Madras plague regulations in force outside the Presidency town - Volume 3
Disease focus: Plague
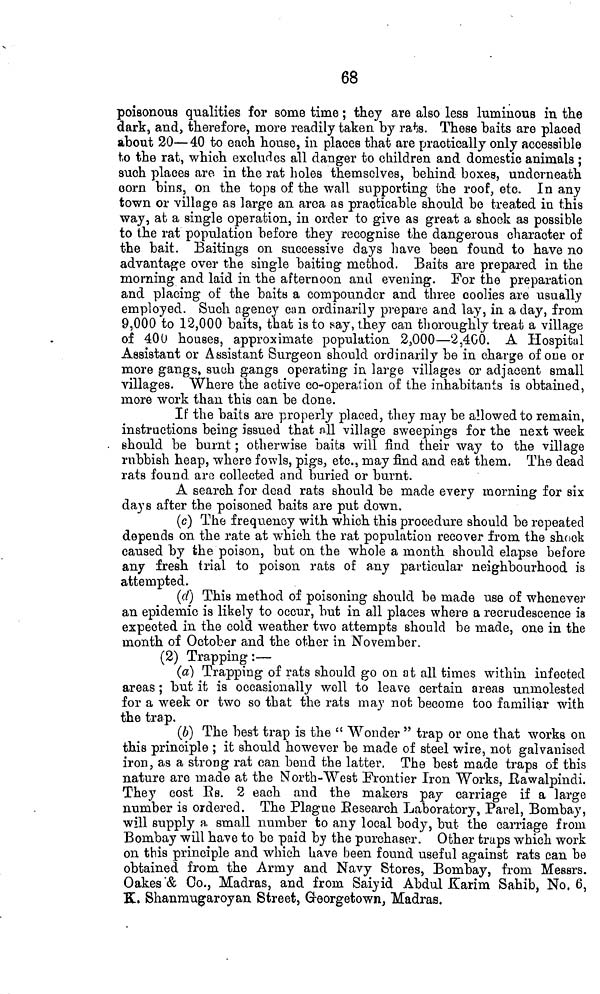
68
poisonous qualities for some time ; they are also less luminous in the
dark, and, therefore, more readily taken by rats. These baits are placed
about 20— 40 to each house, in places that are practically only accessible
to the rat, which excludes all danger to children and domestic animals ;
such places are in the rat holes themselves, behind boxes, underneath
oorn bins, on the tops of the wall supporting the roof, etc. In any
town or village as large an area as practicable should be treated in this
way, at a single operation, in order to give as great a shock as possible
to the rat population before they recognise the dangerous character of
the bait. Baitings on successive days have been found to have no
advantage over the single baiting method. Baits are prepared in the
morning and laid in the afternoon and evening. For the preparation
and placing of the baits a compounder and three coolies are usually
employed. Such agency can ordinarily prepare and lay, in a day, from
9,000 to 12,000 baits, that is to say, they can thoroughly treat a village
of 400 houses, approximate population 2,000—2,400. A Hospital
Assistant or Assistant Surgeon should ordinarily be in charge of one or
more gangs, such gangs operating in large villages or adjacent small
villages. Where the active co-operation of the inhabitants is obtained,
more work than this can be done.
If the baits are properly placed, they may be allowed to remain,
instructions being issued that all village sweepings for the next week
. should be burnt ; otherwise baits will find their way to the village
rubbish heap, where fowls, pigs, etc., may find and eat them. The dead
rats found are collected and buried or burnt.
A search for dead rats should be made every morning for six
days after the poisoned baits are put down.
(c) The frequency with which this procedure should be repeated
depends on the rate at which the rat population recover from the shock
caused by the poison, but on the whole a month should elapse before
any fresh trial to poison rats of any particular neighbourhood is
attempted.
(d') This method of poisoning should be made use of whenever
an epidemic is likely to occur, but in all places where a recrudescence ia
expected in the cold weather two attempts should be made, one in the
month of October and the other in November.
(2) Trapping :—
(a) Trapping of rats should go on at all times within infected
areas ; but it is occasionally well to leave certain areas unmolested
for a week or two so that the rats may not become too familiar with
the trap.
(b) The best trap is the " Wonder " trap or one that works on
this principle ; it should however be made of steel wire, not galvanised
iron, as a strong rat can bend the latter. The best made traps of this
nature are made at the North-West Frontier Iron Works, Rawalpindi.
They cost Rs. 2 each and the makers pay carriage if a large
number is ordered. The Plague Research Laboratory, Parel, Bombay,
will supply a small number to any local body, but the carriage from
Bombay will have to be paid by the purchaser. Other traps which work
on this principle and which have been found useful against rats can be
obtained from the Army and Navy Stores, Bombay, from Messrs.
Oakes"& Co., Madras, and from Saiyid Abdul Karim Sahib, No, 6,
K. Shanmugaroyan Street, Georgetown, Madras.